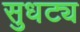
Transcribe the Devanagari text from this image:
सुधट्य